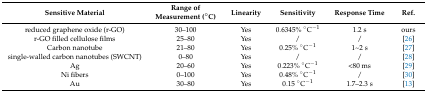
<table><thead><tr><td><b>Sensitive Material</b></td><td><b>Range of Measurement (°C)</b></td><td><b>Linearity</b></td><td><b>Sensitivity</b></td><td><b>Response Time</b></td><td><b>Ref.</b></td></tr></thead><tbody><tr><td>reduced graphene oxide (r-GO)</td><td>30–100</td><td>Yes</td><td>0.6345% °C<sup>−1</sup></td><td>1.2 s</td><td>ours</td></tr><tr><td>r-GO filled cellulose films</td><td>25–80</td><td>Yes</td><td>/</td><td>/</td><td>[26]</td></tr><tr><td>Carbon nanotube</td><td>21–80</td><td>Yes</td><td>0.25% °C<sup>−1</sup></td><td>1~2 s</td><td>[27]</td></tr><tr><td>single-walled carbon nanotubes (SWCNT)</td><td>0–80</td><td>Yes</td><td>/</td><td>/</td><td>[28]</td></tr><tr><td>Ag</td><td>20–60</td><td>Yes</td><td>0.223% °C<sup>−1</sup></td><td>&lt;80 ms</td><td>[29]</td></tr><tr><td>Ni fibers</td><td>0–100</td><td>Yes</td><td>0.48% °C<sup>−1</sup></td><td>/</td><td>[30]</td></tr><tr><td>Au</td><td>30–80</td><td>Yes</td><td>0.15 °C<sup>−1</sup></td><td>1.7–2.3 s</td><td>[13]</td></tr></tbody></table>